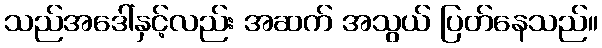
သည်အဒေါ်နှင့်လည်း အဆက် အသွယ် ပြတ်နေသည်။